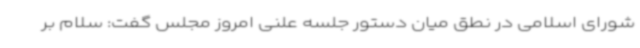
شورای اسلامی در نطق میان دستور جلسه علنی امروز مجلس گفت: سلام بر